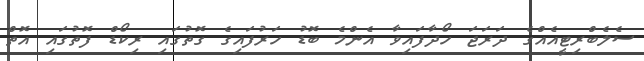
ސެލެބްރިޓީއެއްގެ ދަރަޖަ ހޯދާފައިވާ އެންމެ ބޮޑު ހަރުފައިގެ ގޮތުގައި ރިކޯޑް ފޮތުގައި އޮތް